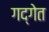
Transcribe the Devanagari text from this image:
गद्गेत